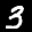
Label: 3